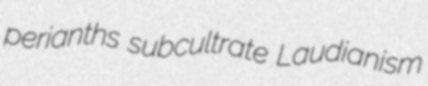
perianths subcultrate Laudianism